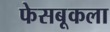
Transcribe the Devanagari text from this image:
फेसबूकला